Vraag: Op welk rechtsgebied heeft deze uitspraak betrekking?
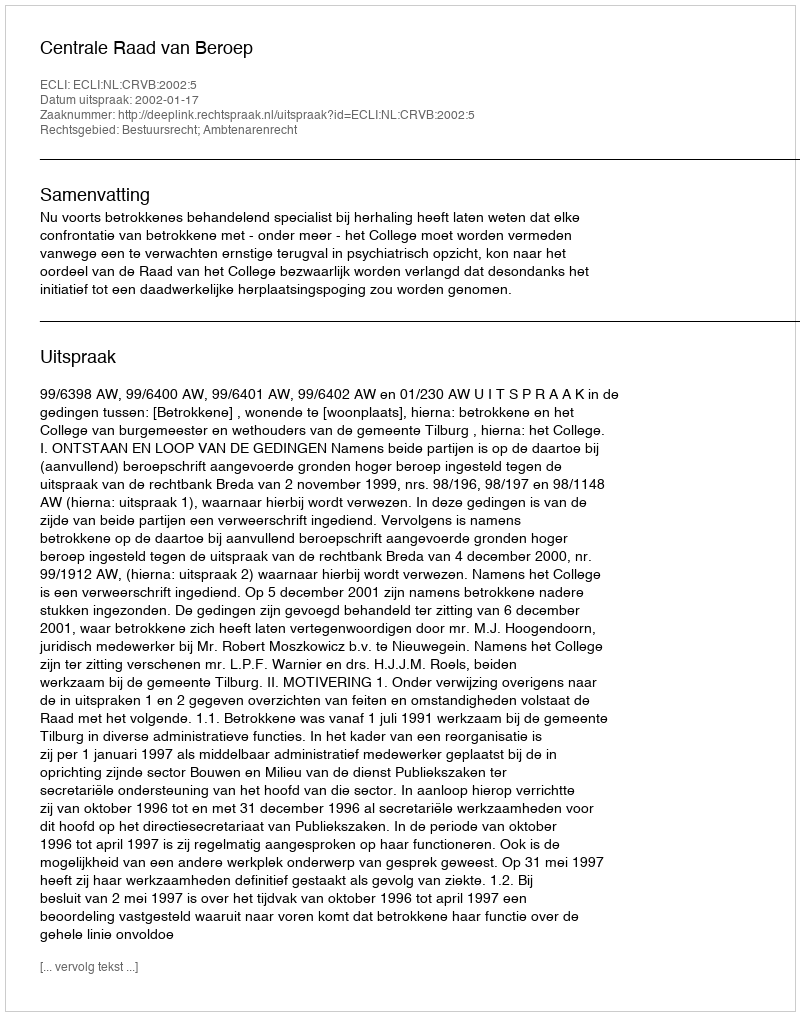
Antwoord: Bestuursrecht; Ambtenarenrecht